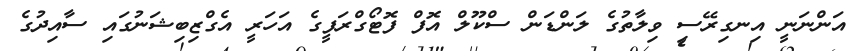
އަންނަނީ އިނގިރޭސި ވިލާތުގެ ލަންޑަން ސްކޫލް އޮފް ފޮޓޯގްރަފީގެ އަހަރީ އެގްޒިބިޝަނުގައި ސާއިދުގެ